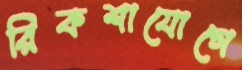
রিকশাযোগে